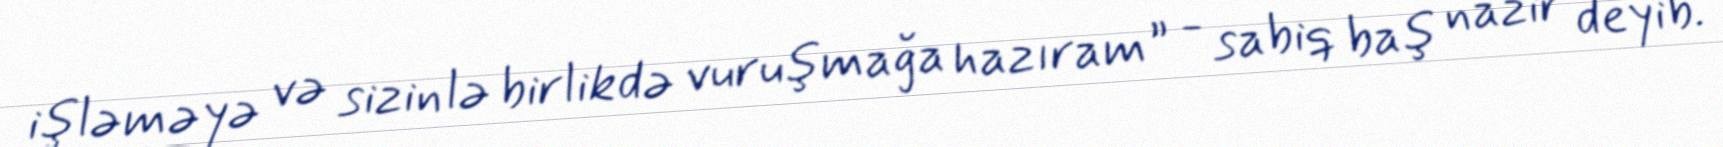
işləməyə və sizinlə birlikdə vuruşmağa hazıram” - sabiq baş nazir deyib.